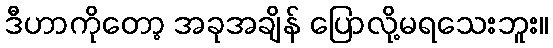
ဒီဟာကိုတော့ အခုအချိန် ပြောလို့မရသေးဘူး။